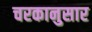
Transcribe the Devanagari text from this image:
चरकानुसार